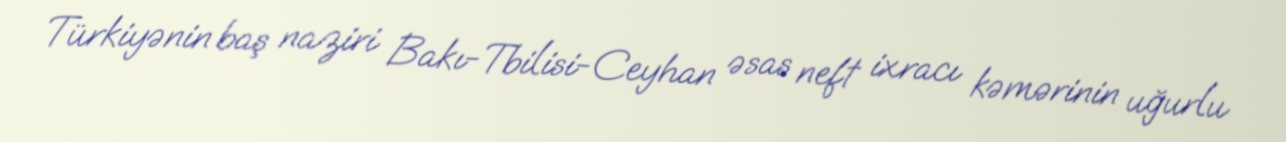
Türkiyənin baş naziri Bakı-Tbilisi-Ceyhan əsas neft ixracı kəmərinin uğurlu